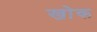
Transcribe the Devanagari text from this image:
खोक